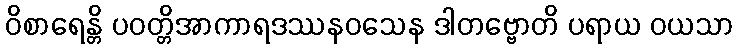
ဝိစာရေန္တိ ပဝတ္တိအာကာရဒဿနဝသေန ဒါတဗ္ဗောတိ ပရာယ ဝယသာ